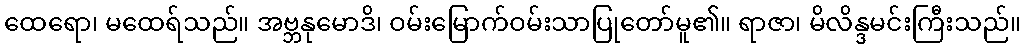
ထေရော၊ မထေရ်သည်။ အဗ္ဘနုမောဒိ၊ ဝမ်းမြောက်ဝမ်းသာပြုတော်မူ၏။ ရာဇာ၊ မိလိန္ဒမင်းကြီးသည်။